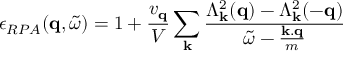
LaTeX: \epsilon _ { R P A } ( { \bf { q } } , { \tilde { \omega } } ) = 1 + \frac { v _ { { \bf { q } } } } { V } \sum _ { { \bf { k } } } \frac { \Lambda _ { { \bf { k } } } ^ { 2 } ( { \bf { q } } ) - \Lambda _ { { \bf { k } } } ^ { 2 } ( - { \bf { q } } ) } { { \tilde { \omega } } - \frac { { \bf { k . q } } } { m } }